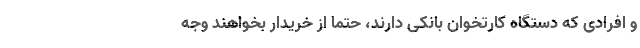
و افرادی که دستگاه کارتخوان بانکی دارند، حتما از خریدار بخواهند وجه